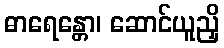
ဓာရေန္တော၊ ဆောင်ယူညှိ